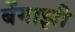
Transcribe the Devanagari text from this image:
बेंगाझी